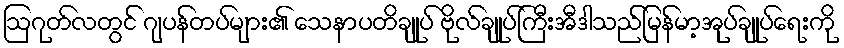
ဩဂုတ်လတွင် ဂျပန်တပ်များ၏ သေနာပတိချုပ် ဗိုလ်ချုပ်ကြီးအီဒါသည်မြန်မာ့အုပ်ချုပ်ရေးကို